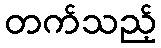
တက်သည့်